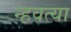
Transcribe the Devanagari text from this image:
न्हवत्या